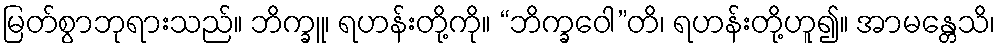
မြတ်စွာဘုရားသည်။ ဘိက္ခူ၊ ရဟန်းတို့ကို။ “ဘိက္ခဝေါ”တိ၊ ရဟန်းတို့ဟူ၍။ အာမန္တေသိ၊